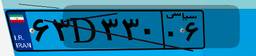
۶۳D۳۳۰۰۶